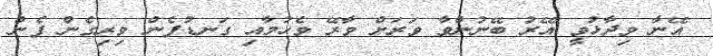
އޭނާ ވިދާޅުވީ އޭރު ބޭނުންވާ ވަރަށް ވާރޭ ވެހުމާއި ގަނޑުފެން ވިރިގެން ފެން